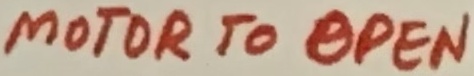
Text: MOTOR TO OPEN